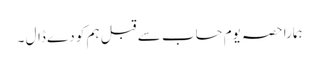
ہمارا حصہ یومِ حساب سے قبل ہم کو دے ڈال ۔